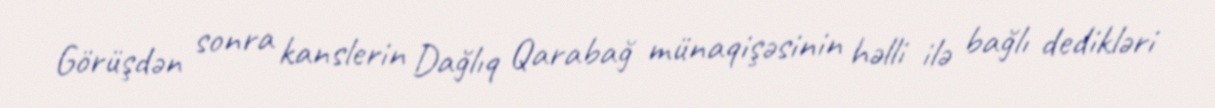
Görüşdən sonra kanslerin Dağlıq Qarabağ münaqişəsinin həlli ilə bağlı dedikləri